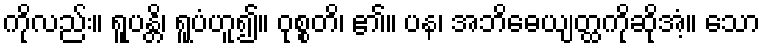
ကိုလည်း။ ရူပန္တိ၊ ရူပံဟူ၍။ ဝုစ္စတိ၊ ၏။ ပန၊ အဘိဓေယျတ္ထကိုဆိုအံ့။ သော